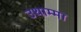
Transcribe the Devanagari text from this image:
उथाम्मा